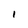
Character: l